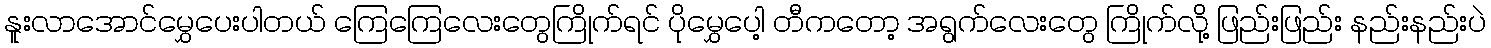
နူးလာအောင်မွှေပေးပါတယ် ကြေကြေလေးတွေကြိုက်ရင် ပိုမွှေပေါ့ တီကတော့ အရွက်လေးတွေ ကြိုက်လို့ ဖြည်းဖြည်း နည်းနည်းပဲ